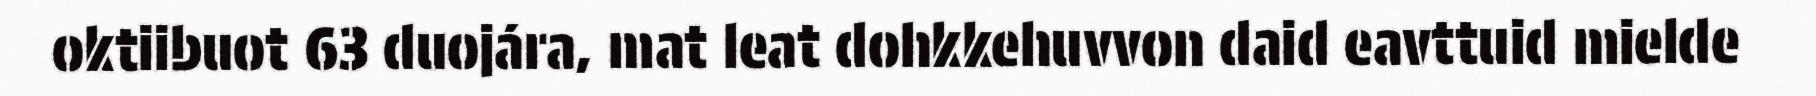
oktiibuot 63 duojára, mat leat dohkkehuvvon daid eavttuid mielde